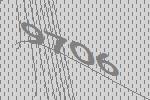
9706